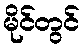
မိုင်တွင်